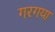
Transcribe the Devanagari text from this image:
गरगया